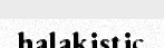
halakistic